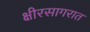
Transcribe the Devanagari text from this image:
क्षीरसागरात